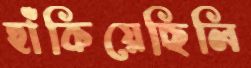
হাঁকিয়েছিলি